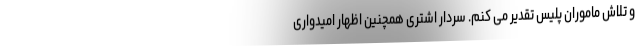
و تلاش ماموران پلیس تقدیر می کنم. سردار اشتری همچنین اظهار امیدواری